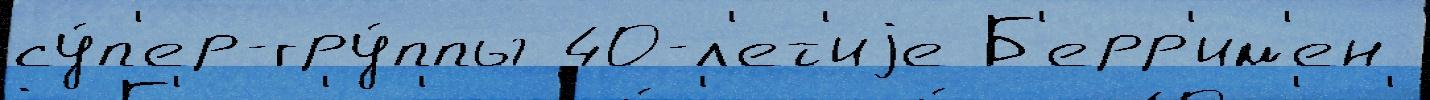
су́п'ер-гру́ппы 40-л'ет'иjе Б'ерр'им'ен